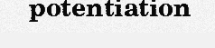
potentiation